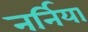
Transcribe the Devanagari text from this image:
नर्निया